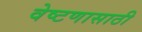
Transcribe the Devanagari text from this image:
वेष्टणासाठी